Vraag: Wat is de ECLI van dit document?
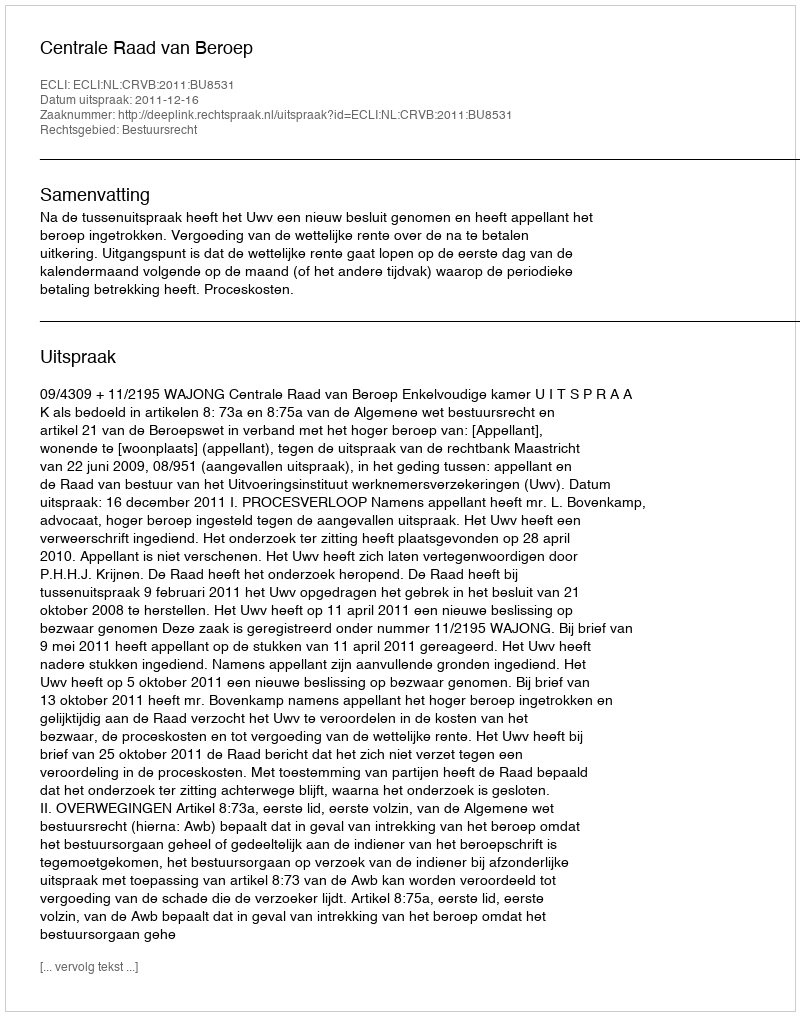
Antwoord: ECLI:NL:CRVB:2011:BU8531